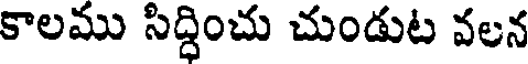
కాలము సిద్దించు చుండుట వలన